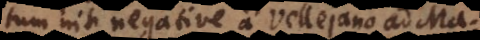
tum nisi negative a Vellejano ad Ma